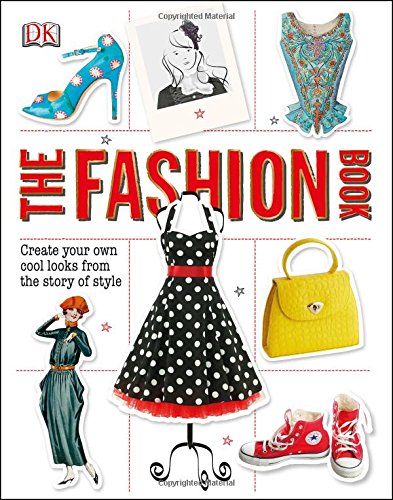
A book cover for The Fashion Book; DK Publishing; Teen & Young Adult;